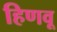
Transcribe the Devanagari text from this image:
हिणवू